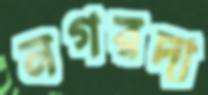
নগরদা